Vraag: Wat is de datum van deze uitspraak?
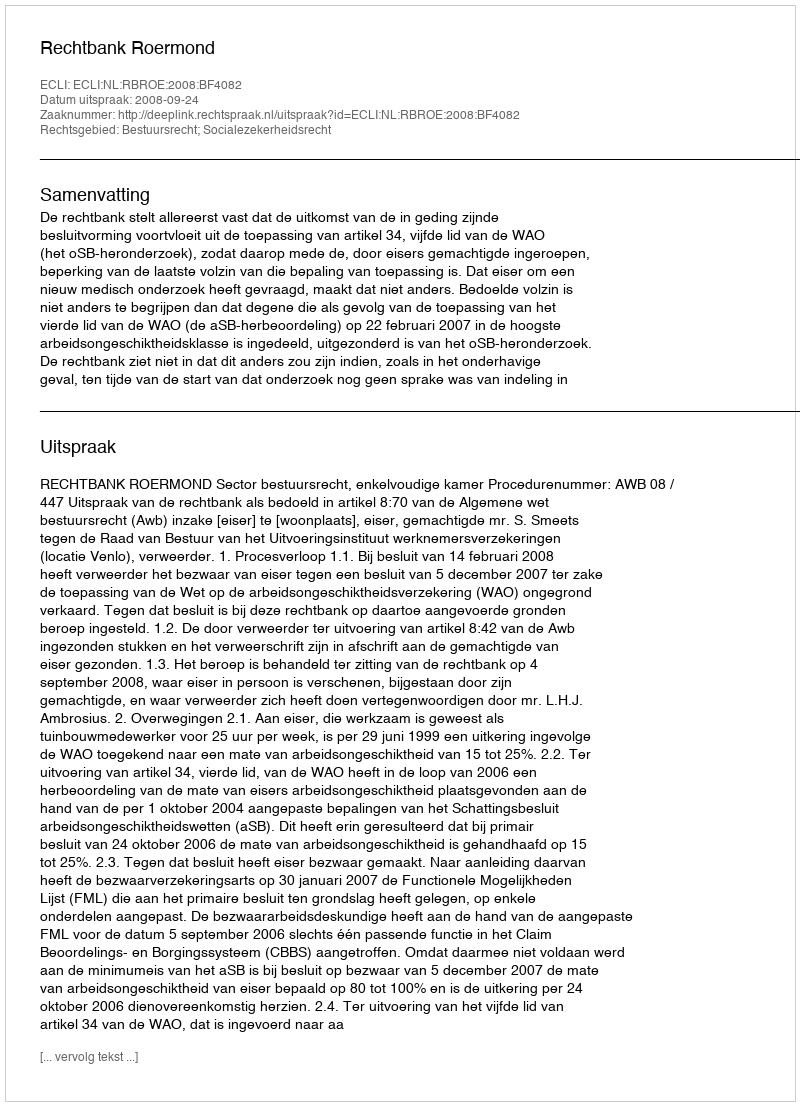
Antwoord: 2008-09-24